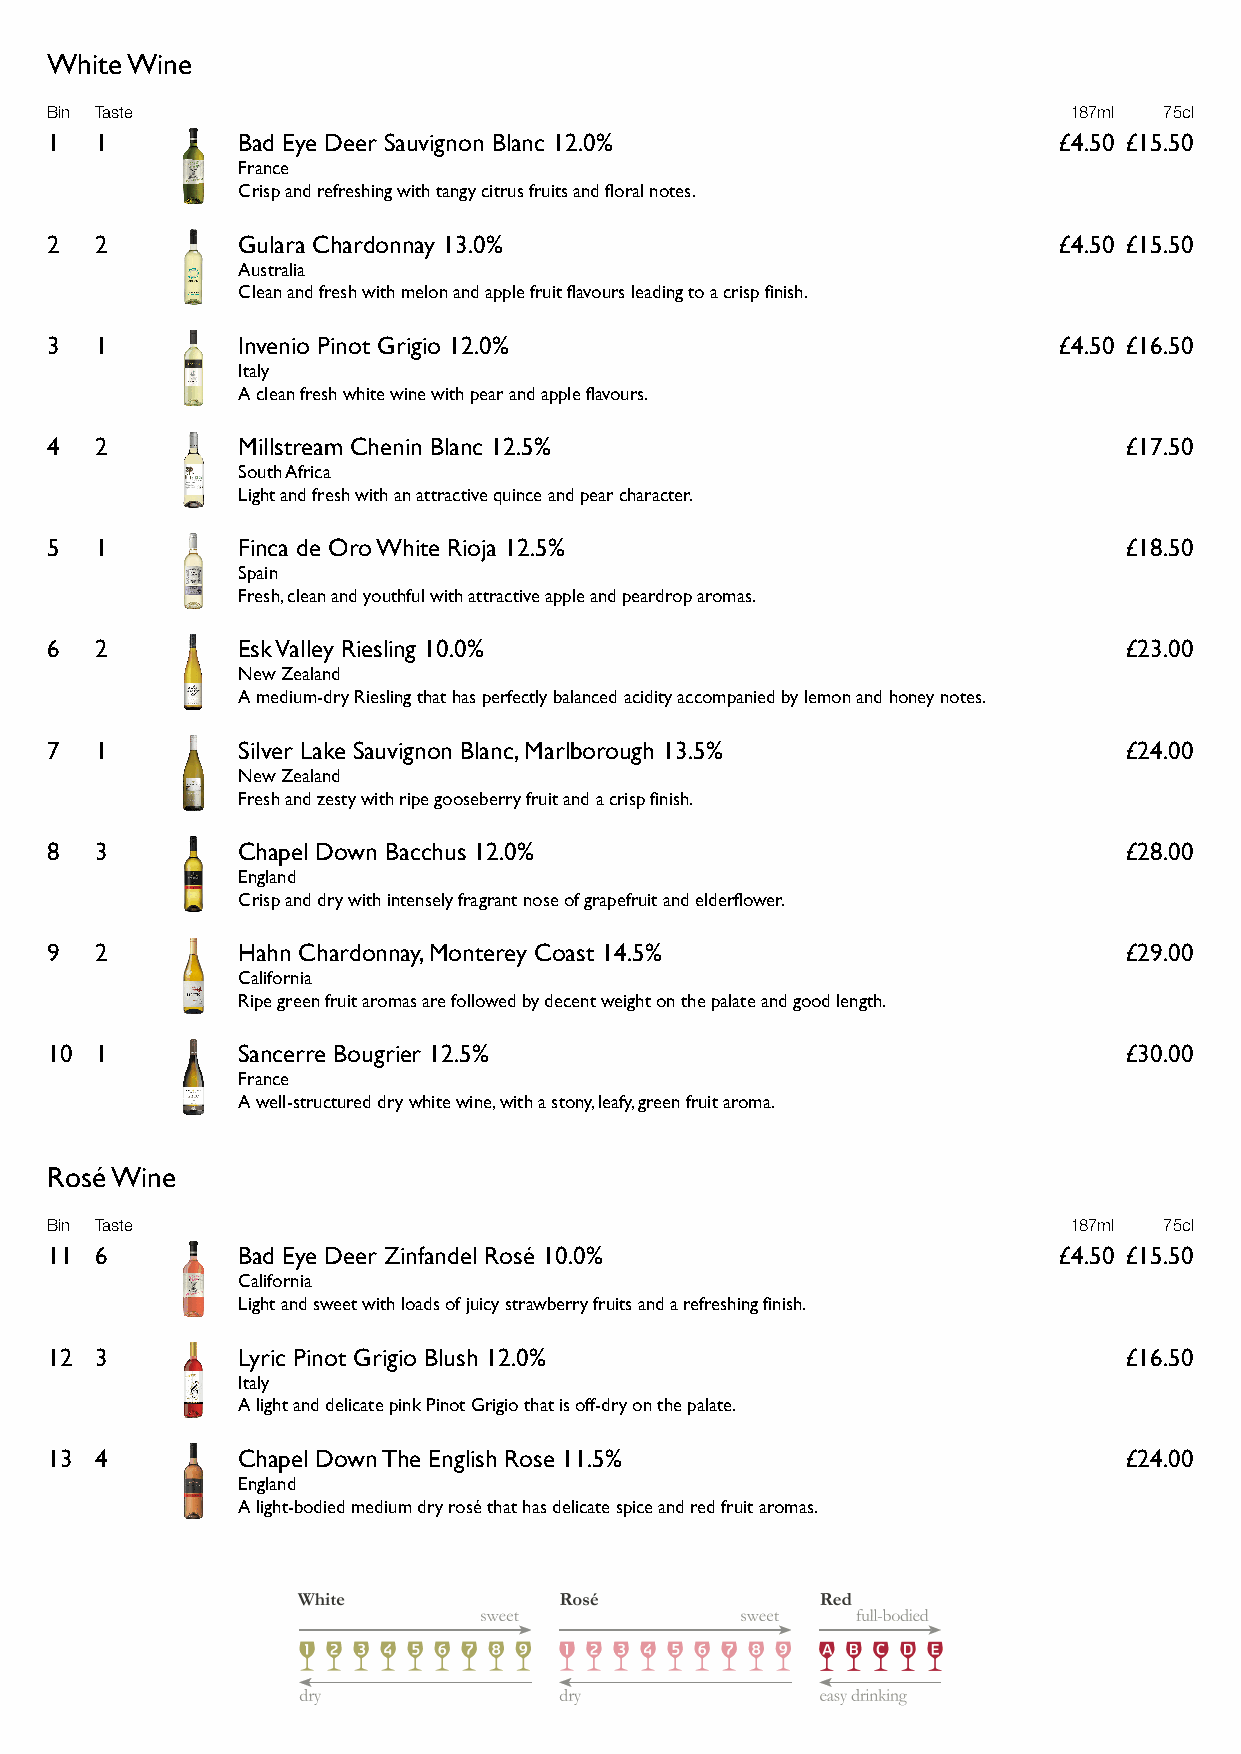
White Wine
 Bin Taste                                                           187ml 75cl
 1  1         Bad Eye Deer Sauvignon Blanc 12.0%                    £4.50 £15.50
 France
 Crisp and refreshing with tangy citrus fruits and floral notes.
 2  2         Gulara Chardonnay 13.0%                               £4.50 £15.50
 Australia
 Clean and fresh with melon and apple fruit flavours leading to a crisp finish.
 3  1         Invenio Pinot Grigio 12.0%                            £4.50 £16.50
 Italy
 A clean fresh white wine with pear and apple flavours.
 4  2         Millstream Chenin Blanc 12.5%                             £17.50
 South Africa
 Light and fresh with an attractive quince and pear character.
 5  1         Finca de Oro White Rioja 12.5%                            £18.50
 Spain
 Fresh, clean and youthful with attractive apple and peardrop aromas.
 6  2         Esk Valley Riesling 10.0%                                 £23.00
 New Zealand
 A medium-dry Riesling that has perfectly balanced acidity accompanied by lemon and honey notes.
 7  1         Silver Lake Sauvignon Blanc, Marlborough 13.5%            £24.00
 New Zealand
 Fresh and zesty with ripe gooseberry fruit and a crisp finish.
 8  3         Chapel Down Bacchus 12.0%                                 £28.00
 England
 Crisp and dry with intensely fragrant nose of grapefruit and elderflower.
 9  2         Hahn Chardonnay, Monterey Coast 14.5%                     £29.00
 California
 Ripe green fruit aromas are followed by decent weight on the palate and good length.
 10 1         Sancerre Bougrier 12.5%                                   £30.00
 France
 A well-structured dry white wine, with a stony, leafy, green fruit aroma.
 Rosé Wine
 Bin Taste                                                           187ml 75cl
 11 6         Bad Eye Deer Zinfandel Rosé 10.0%                     £4.50 £15.50
 California
 Light and sweet with loads of juicy strawberry fruits and a refreshing finish.
 12 3         Lyric Pinot Grigio Blush 12.0%                            £16.50
 Italy
 A light and delicate pink Pinot Grigio that is off-dry on the palate.
 13 4         Chapel Down The English Rose 11.5%                        £24.00
 England
 A light-bodied medium dry rosé that has delicate spice and red fruit aromas.